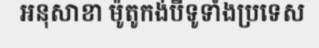
អនុសាខា ម៉ូតូកង់បីទូទាំងប្រទេស